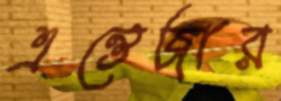
এন্তেজার